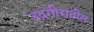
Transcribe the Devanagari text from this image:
उदगीरातील